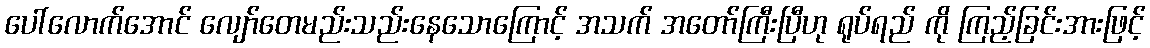
ပေါ်လောက်အောင် လျော်တေမည်းသည်းနေသောကြောင့် အသက် အတော်ကြီးပြီဟု ရုပ်ရည် ကို ကြည့်ခြင်းအားဖြင့်